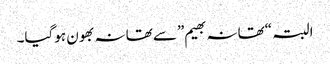
البتہ “تھانہ بھیم”سے تھانہ بھون ہوگیا۔